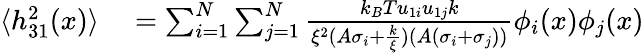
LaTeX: \begin{array}{rl}{\langle h_{31}^{2}(x)\rangle}&{{}=\sum_{i=1}^{N}\sum_{j=1}^{N}\frac{k_{B}Tu_{1i}u_{1j}k}{\xi^{2}(A\sigma_{i}+\frac{k}{\xi})(A(\sigma_{i}+\sigma_{j}))}\phi_{i}(x)\phi_{j}(x)}\end{array}